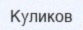
Куликов